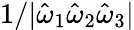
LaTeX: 1/|\hat{\omega}_{1}\hat{\omega}_{2}\hat{\omega}_{3}|